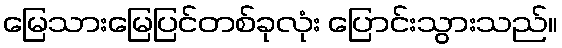
မြေသားမြေပြင်တစ်ခုလုံး ပြောင်းသွားသည်။